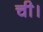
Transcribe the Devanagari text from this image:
ची।